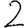
Digit: 2